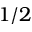
1 / 2